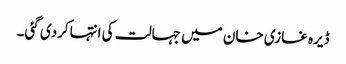
ڈیرہ غازی خان میں جہالت کی انتہاکردی گئی۔